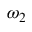
\omega _ { 2 }